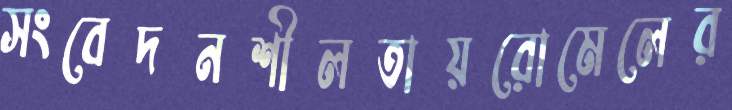
সংবেদনশীলতায়রোমেলের